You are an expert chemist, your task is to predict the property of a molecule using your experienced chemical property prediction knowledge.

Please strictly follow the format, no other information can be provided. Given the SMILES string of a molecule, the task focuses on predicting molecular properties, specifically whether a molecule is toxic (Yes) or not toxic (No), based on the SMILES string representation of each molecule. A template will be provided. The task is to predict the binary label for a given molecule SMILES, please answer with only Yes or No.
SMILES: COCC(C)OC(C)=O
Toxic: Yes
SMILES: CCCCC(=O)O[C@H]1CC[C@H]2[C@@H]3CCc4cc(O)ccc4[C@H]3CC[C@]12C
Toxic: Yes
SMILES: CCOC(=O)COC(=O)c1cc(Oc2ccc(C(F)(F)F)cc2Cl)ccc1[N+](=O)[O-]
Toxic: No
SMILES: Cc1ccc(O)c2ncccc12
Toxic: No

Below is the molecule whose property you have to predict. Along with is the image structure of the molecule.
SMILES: CC(C)(C)OCC1CO1
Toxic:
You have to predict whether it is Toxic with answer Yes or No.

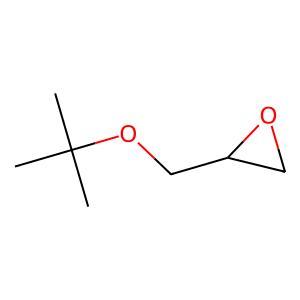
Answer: No